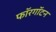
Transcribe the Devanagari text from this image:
फॉरगॉटन